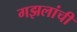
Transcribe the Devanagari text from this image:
गझलांची